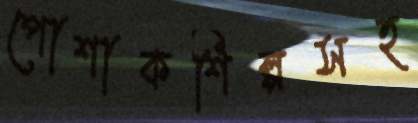
পোশাকশিল্পসহ